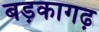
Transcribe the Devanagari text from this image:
बड़कागढ़